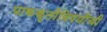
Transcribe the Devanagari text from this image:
पाककृतींविषयीची